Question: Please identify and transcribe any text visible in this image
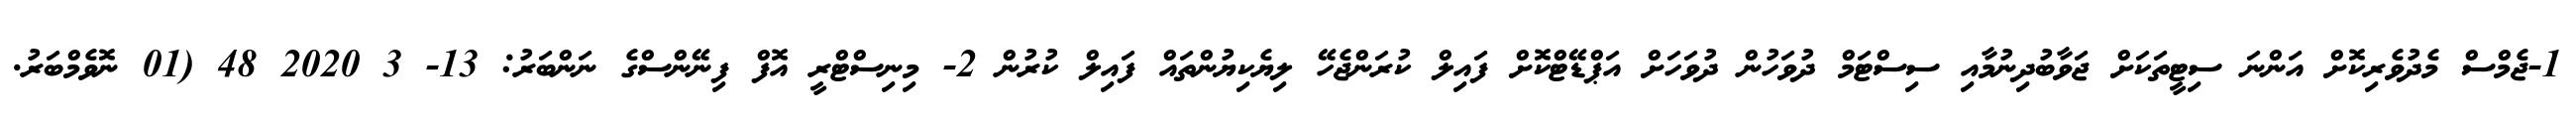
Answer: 1-ޖެމްސް މެދުވެރިކޮށް އަންނަ ސިޓީތަކަށް ޖަވާބުދިނުމާއި ސިސްޓަމް ދުވަހުން ދުވަހަށް އަޕްޑޭޓްކޮށް ފައިލް ކުރަންޖެހޭ ލިޔެކިޔުންތައް ފައިލް ކުރުން 2- މިނިސްޓްރީ އޮފް ފިނޭންސްގެ ނަންބަރު: 13- 3 2020 48 (01 ނޮވެމްބަރު.